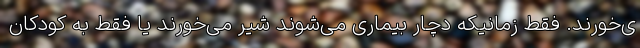
ی‌خورند. فقط زمانیکه دچار بیماری می‌شوند شیر می‌خورند یا فقط به کودکان